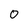
Character: 0